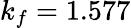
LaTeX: k_{f}=1.577